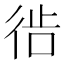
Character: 𫹔